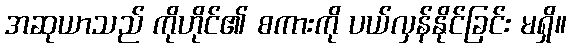
အဆုယာသည် ကိုဟိုင်၏ စကားကို ပယ်လှန်နိုင်ခြင်း မရှိ။